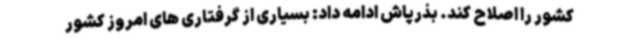
کشور را اصلاح کند. بذرپاش ادامه داد: بسیاری از گرفتاری های امروز کشور